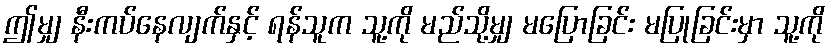
ဤမျှ နီးကပ်နေလျက်နှင့် ရန်သူက သူ့ကို မည်သို့မျှ မပြောခြင်း မပြုခြင်းမှာ သူ့ကို